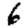
Digit: 6